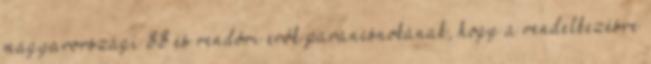
magyarországi SS és rendõri erõk parancsnokának, hogy a rendelkezésre